Annual report of the Punjab Veterinary College and of the Civil Veterinary Department, Punjab - 1926-1932
Year: 1926
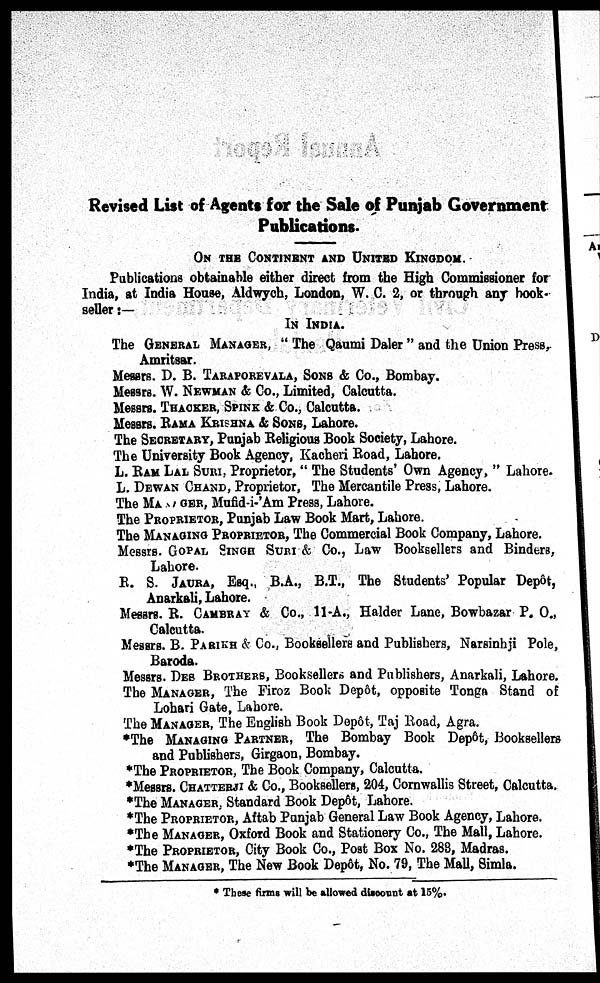
Revised List of Agents for the Sale of Punjab Government
Publications.
ON THE CONTINENT AND UNITED KINGDOM.
Publications obtainable either direct from the High Commissioner for
India, at India House, Aldwych, London, W. C. 2, or through any book-
seller:—
IN INDIA.
The GENERAL MANAGER, "The Qaumi Daler" and the Union Press,
Amritsar.
Messrs. D. B. TARAPOREVALLA, SONS & Co., Bombay.
Messrs. W. NEWMAN & Co., Limited, Calcutta.
Messrs. THACKER, SPINK & Co., Calcutta.
Messrs. RAMA KRISHNA & SONS, Lahore.
The SECREATARY, Punjab Religious Book Society, Lahore.
The University Book Agency, Kacheri Road, Lahore.
L. RAM LAL SURI, Proprietor, "The Students' Own Agency," Lahore.
L. DEWAN CHAND, Proprietor, The Mercantile Press, Lahore.
The MANAGER, Mufid-i-'Am Press, Lahore.
The PROPRIETOR, Punjab Law Book Mart, Lahore.
The MANAGIN PROPRIETOR, The Commercial Book Company, Lahore.
Messrs. GOPAL SINGH SURI & Co., Law Booksellers and Binders,
Lahore.
B. S. JAURA, Esq., B.A., B.T., The Students' Popular Depot,
Anarkali, Lahore.
Messrs. R. CAMBRAY & Co., 11-A., Haider Lane, Bowbazar P. O.,
Calcutta.
Messrs. B. PARIKH & Co., Booksellers and Publishers, Narsinhji Pole,
Baroda.
Messrs. DES BROTHERS, Booksellers and Publishers, Anarkali, Lahore.
The MANAGER, The Firoz Book Depôt, opposite Tonga Stand of
Lohari Gate, Lahore.
The MANAGER, The English Book Depot, Taj Road, Agra.
*The MANAGING PARTNER, The Bombay Book Depot, Booksellers
and Publishers, Girgaon, Bombay.
*The PROPRIETOR, The Book Company, Calcutta.
*Messrs. CHATTERJEE & Co., Booksellers, 204, Cornwallis Street, Calcutta.
*The MANAGER, Standard Book Dep6t, Lahore.
*The PROPRIETOR, Aftab Punjab General Law Book Agency, Lahore.
*The MANAGER, Oxford Book and Stationery Co., The Mall, Lahore.
*The PROPRIETOR, City Book Co., Post Box No. 288, Madras.
*The MANAGER, The New Book Depot, No. 79, The Mall, Simla.
*These firms will be allowed discount at 15%.